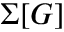
\Sigma [ G ]